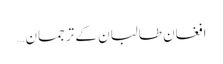
افغان طالبان کے ترجمان …